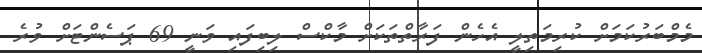
މެމްބަރުކަމަށް ކުރިމަތިލީ އެހެން ފަރާތްތަކަށް މާކްސް ލިބިފައި ވަނީ 69 ޕަސެންޓަށް ވުރެ